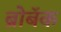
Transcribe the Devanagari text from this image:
ब्रोबॅक